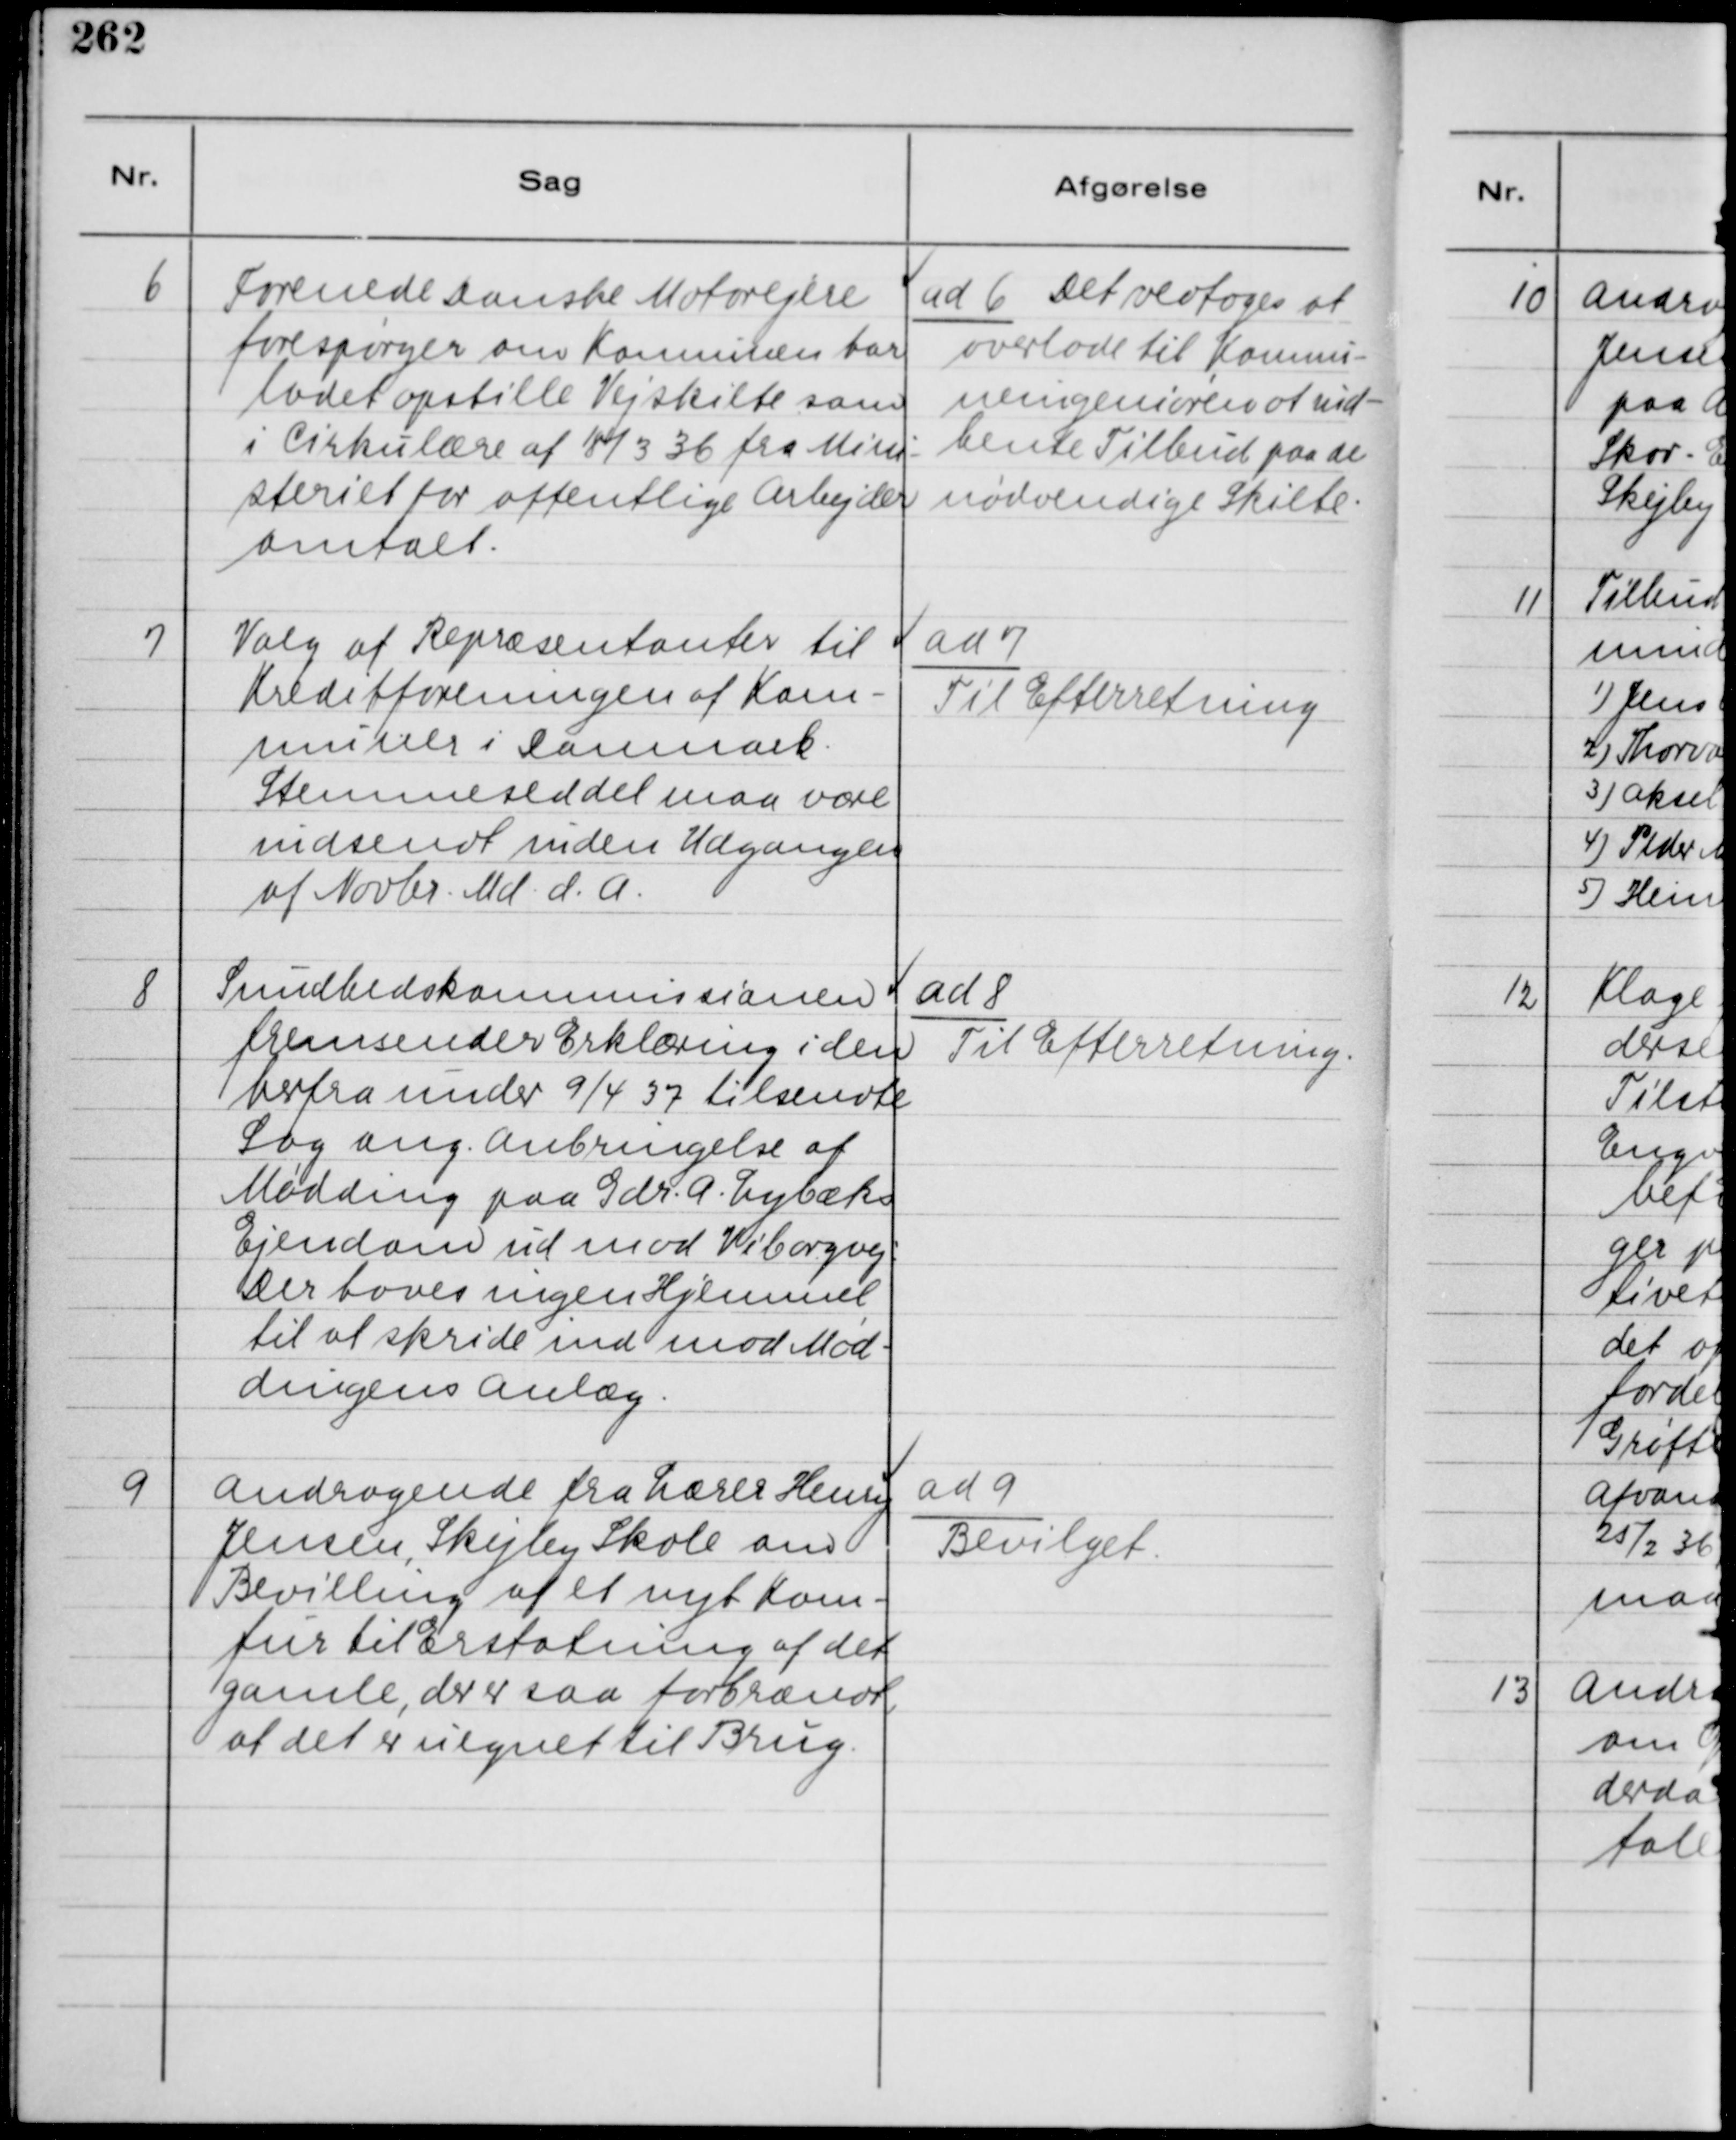
Transskription:
6
Forenede Danske Motorejere
forespørger om Konnunen har
ladet opstille Vejskilte som
i Cirkulære af 18/3 36 fra Mini-
steriet for offentlige Arbejder
omtalt.

ad 6 Det vedtoges at
overlade til Komnu-
neingeniøren at ind-
hente Tilbud paa de
nødvendige Skilte.

7
Valg at Repræsentanter til
Kreditforeningen af Kom-
muner i Danmark.
Stemmeseddel maa være
indsendt inden Udgangen
af Novbr. Md. d. A.

ad 7
Til Efterretning

8
Sundhedskommissionen
fremsender Erklæring i den
herfra under 9/4 37 tilsendte
Sag ang. Anbringelse af
Mødding paa Gdr. A. Lybæks
Ejendom ud mod Viborgvej.
Der loves ingen Hjemmel
til at skride ind mod Mød-
dingens Anlæg.

ad 8
Til Efterretning.

9
Andragende fra Lærer Henry
Jensen, Skejby Skole om
Bevilling af et nyt Kom-
fur til Erstatning af det
gamle, der er saa forbrændt
at der er uegnet til Brug.

ad 9
Bevilget.